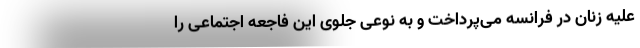
علیه زنان در فرانسه می‌پرداخت و به نوعی جلوی این فاجعه اجتماعی را